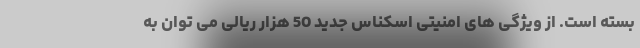
بسته است. از ویژگی های امنیتی اسکناس جدید 50 هزار ریالی می توان به